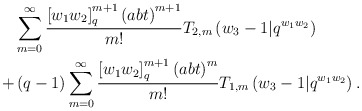
\begin{align*} & \sum_{m=0}^{\infty}\frac{\left[w_{1}w_{2}\right]_{q}^{m+1}\left(abt\right)^{m+1}}{m!}T_{2,m}\left(w_{3}-1|q^{w_{1}w_{2}}\right)\\+ & \left(q-1\right)\sum_{m=0}^{\infty}\frac{\left[w_{1}w_{2}\right]_{q}^{m+1}\left(abt\right)^{m}}{m!}T_{1,m}\left(w_{3}-1|q^{w_{1}w_{2}}\right).\end{align*}